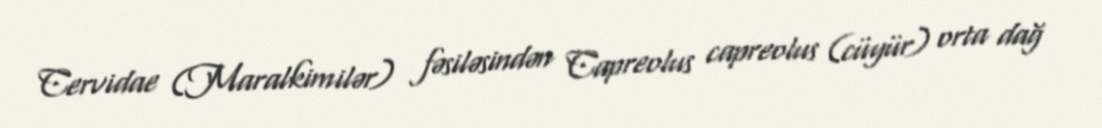
Cervidae (Maralkimilər) fəsiləsindən Capreolus capreolus (cüyür) orta dağ